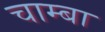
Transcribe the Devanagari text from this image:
चाम्बा